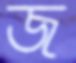
জ